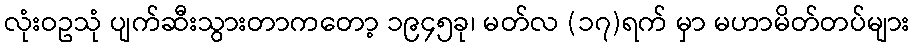
လုံးဝဥသုံ ပျက်ဆီးသွားတာကတော့ ၁၉၄၅ခု၊ မတ်လ (၁၇)ရက် မှာ မဟာမိတ်တပ်များ